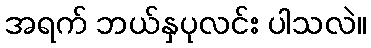
အရက် ဘယ်နှပုလင်း ပါသလဲ။